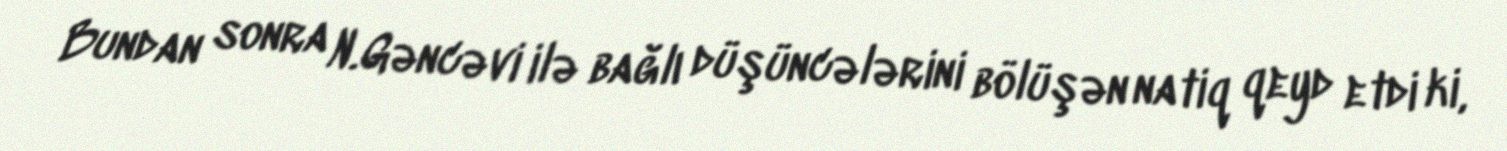
Bundan sonra N.Gəncəvi ilə bağlı düşüncələrini bölüşən natiq qeyd etdi ki,